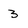
Character: 3